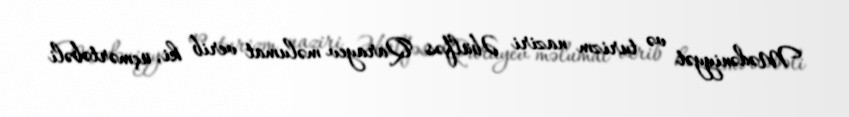
Mədəniyyət və turizm naziri Əbülfəs Qarayev məlumat verib ki, üçmərtəbəli